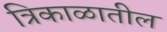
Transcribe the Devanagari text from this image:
त्रिकाळातील